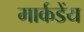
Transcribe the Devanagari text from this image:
मार्कडेंय